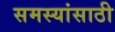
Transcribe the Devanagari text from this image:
समस्यांसाठी